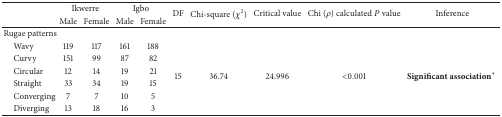
|  | <COLSPAN=2> Ikwerre | <COLSPAN=2> Igbo | <ROWSPAN=2> DF | <ROWSPAN=2> Chi-square (χ2) | <ROWSPAN=2> Critical value | <ROWSPAN=2> Chi (ρ) calculated P value | <ROWSPAN=2> Inference |
 |  | Male | Female | Male | Female |
 | --- | --- | --- | --- | --- | --- | --- | --- | --- | --- |
 | Rugae patterns |  |  |  |  |  |  |  |  |  |
 | Wavy | 119 | 117 | 161 | 188 | <ROWSPAN=6> 15 | <ROWSPAN=6> 36.74 | <ROWSPAN=6> 24.996 | <ROWSPAN=6> <0.001 | <ROWSPAN=6> Significant association∗ |
 | Curvy | 151 | 99 | 87 | 82 |
 | Circular | 12 | 14 | 19 | 21 |
 | Straight | 33 | 34 | 19 | 15 |
 | Converging | 7 | 7 | 10 | 5 |
 | Diverging | 13 | 18 | 16 | 3 |